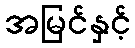
အမြင်နှင့်